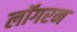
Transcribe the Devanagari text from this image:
लॉगरन